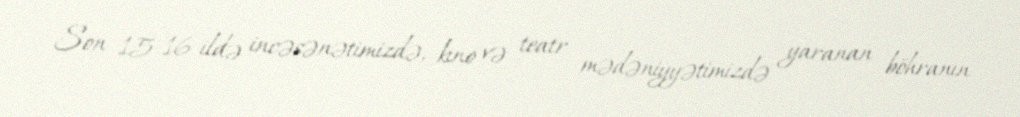
Son 15-16 ildə incəsənətimizdə, kino və teatr mədəniyyətimizdə yaranan böhranın